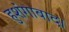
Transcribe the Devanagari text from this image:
हुशंगाबाद।